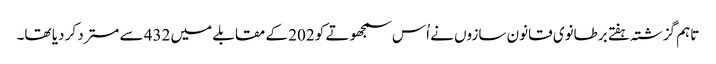
تاہم گزشتہ ہفتے برطانوی قانون سازوں نے اُس سمجھوتے کو 202 کے مقابلے میں 432 سے مسترد کر دیا تھا۔